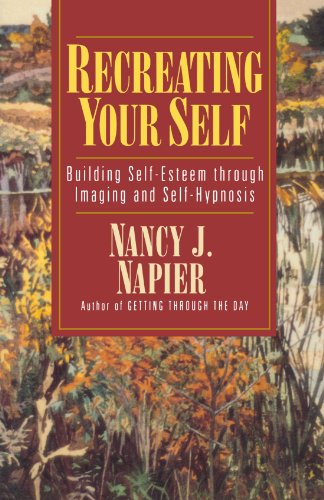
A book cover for Recreating Your Self: Building Self-Esteem Through Imaging and Self-Hypnosis; Nancy J. Napier; Self-Help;